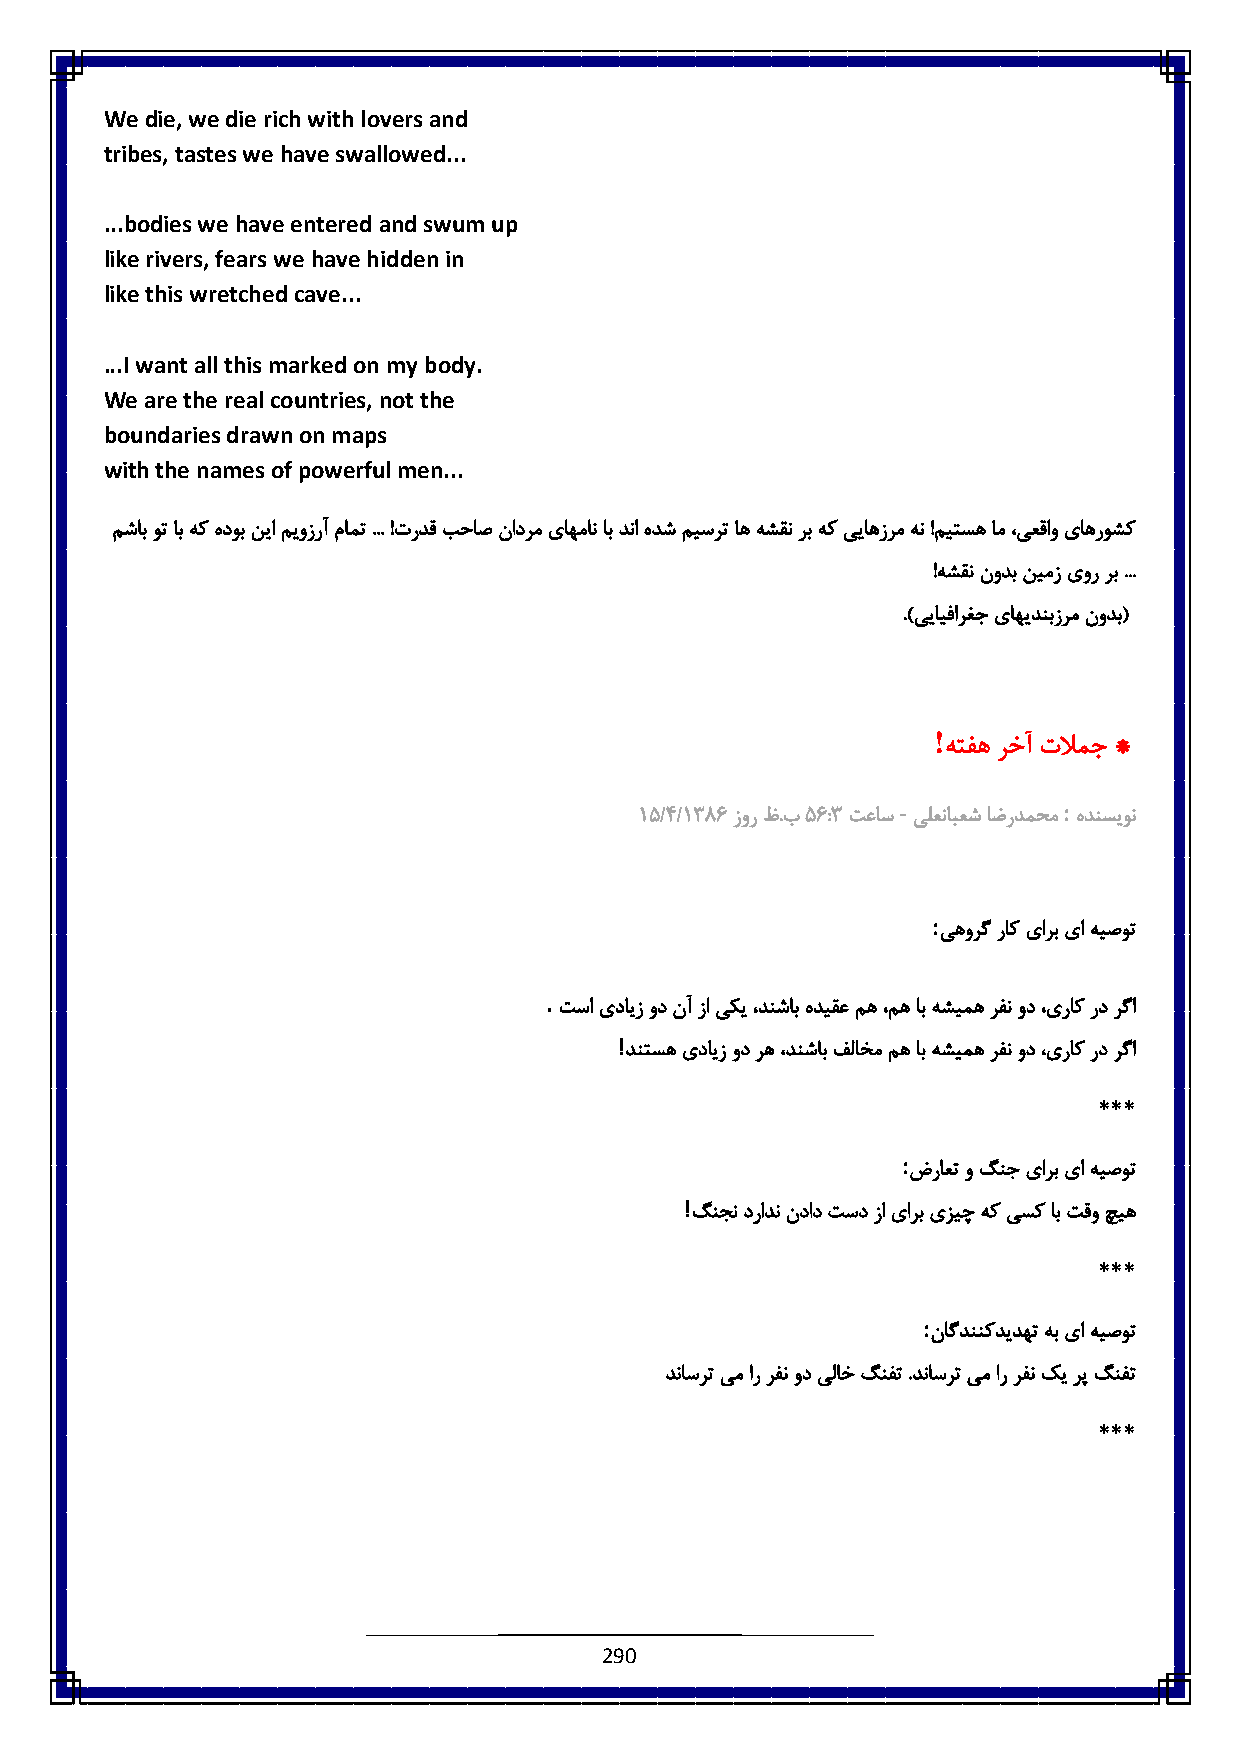
We die, we die rich with lovers and
 tribes, tastes we have swallowed...
 ...bodies we have entered and swum up
 like rivers, fears we have hidden in
 like this wretched cave...
 ...I want all this marked on my body.
 We are the real countries, not the
 boundaries drawn on maps
 with the names of powerful men...
 مشاب وت اب هک هدوب نیا میوزرآ مامت ... !تردق بحاص نادرم یاهمان اب دنا هدش میسرت اه هشقن رب هک ییاهزرم هن !میتسه ام ،یعقاو یاهروشک
 !هشقن نودب نیمز یور رب ...
 .)ییایفارغج یاهیدنبزرم نودب(
 !
 هتفه رخآ تلامج *
 -          :
 6٠/٠/6831 زور ظ.ب٠ 1:8 تعاس یلعنابعش اضردمحم هدنسیون
 :
 یهورگ راک یارب یا هیصوت
 .
 تسا یدایز ود نآ زا یکی ،دنشاب هدیقع مه ،مه اب هشیمه رفن ود ،یراک رد رگا
 !
 دنتسه یدایز ود ره ،دنشاب فلاخم مه اب هشیمه رفن ود ،یراک رد رگا
 ***
 :
 ضراعت و گنج یارب یا هیصوت
 !
 گنجن درادن نداد تسد زا یارب یزیچ هک یسک اب تقو چیه
 ***
 :
 ناگدننکدیدهت هب یا هیصوت
 دناسرت یم ار رفن ود یلاخ گنفت .دناسرت یم ار رفن کی رپ گنفت
 ***
 290